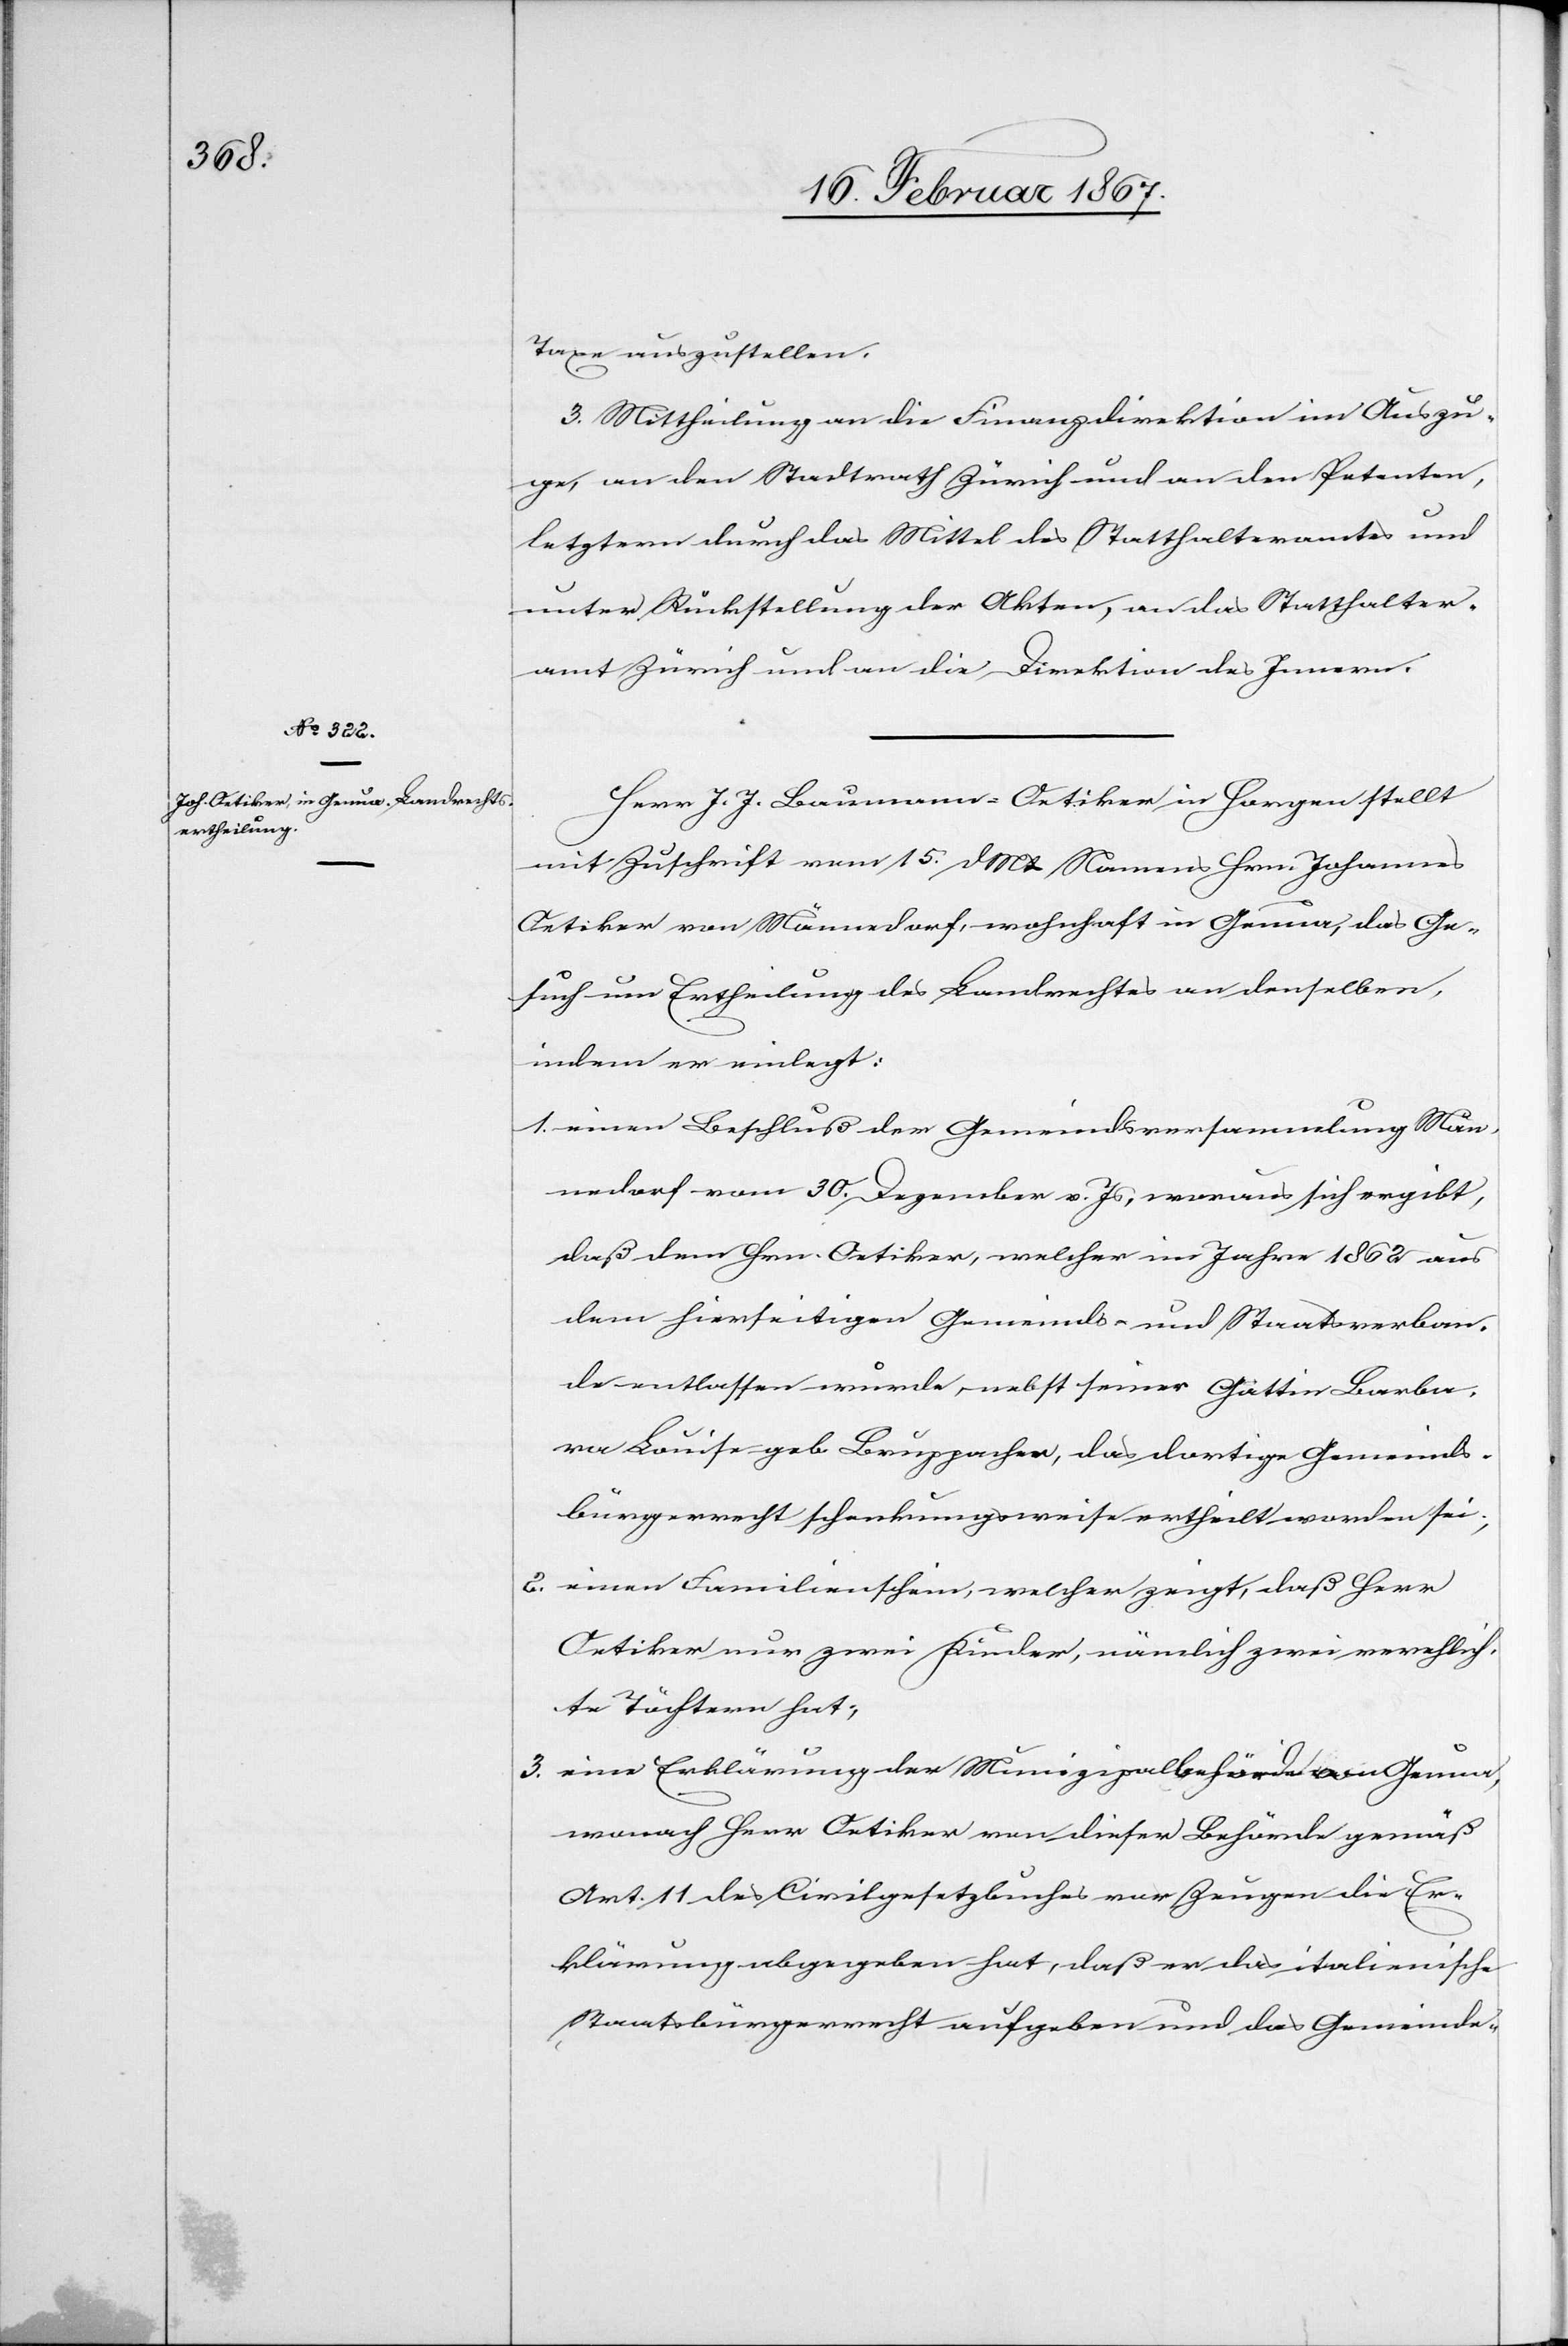
Taxe auszustellen.
3. Mittheilung an die Finanzdirektion im Auszu¬
ge, an den Stadtrath Zürich und an den Petenten,
letztern durch das Mittel des Statthalteramtes und
unter Rückstellung der Akten, an das Statthalter¬
amt Zürich und an die Direktion des Innern.
Herr J. J. Baumann-Oetiker in Horgen stellt
mit Zuschrift vom 15. d. Mts Namens Hrn. Johannes
Oetiker von Männedorf, wohnhaft in Genua, das Ge¬
such um Ertheilung des Landrechtes an denselben,
indem er einlegt:
1.	einen Beschluß der Gemeindsversammlung Män¬
nedorf vom 30. Dezember v. Js, woraus sich ergibt,
daß dem Hrn. Oetiker, welcher im Jahre 1862 aus
dem hierseitigen Gemeinds- und Staatsverban¬
de entlassen wurde, nebst seiner Gattin Barba¬
ra Louise geb. Bruppacher, das dortige Gemeinds¬
bürgerrecht schenkungsweise ertheilt worden sei;
2.	einen Familienschein, welcher zeigt, daß Herr
Oetiker nur zwei Kinder, nämlich zwei verehlich¬
te Töchtern hat;
3.	eine Erklärung der Munizipalbehörde von Genua,
wonach Herr Oetiker von dieser Behörde gemäß
Art. 11 des Civilgesetzbuches vor Zeugen die Er¬
klärung abgegeben hat, daß er das italienische
Staatsbürgerrecht aufgeben und das Gemeinde-